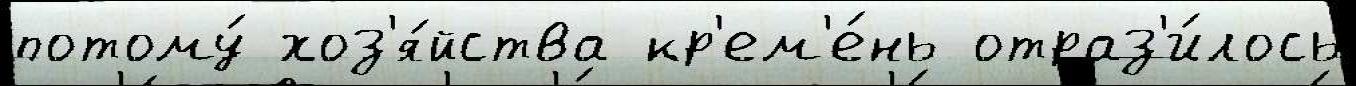
потому́ хоз'я́йства кр'ем'е́нь отраз'и́лось